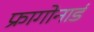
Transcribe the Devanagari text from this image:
फ्रागोनार्ड